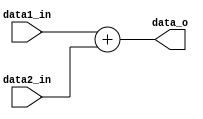
module Adder(
  input [SIZE - 1:0] data1_in,
  input [SIZE - 1:0] data2_in,
  output [SIZE - 1:0] data_o
);

parameter SIZE = 32;

assign data_o = data1_in + data2_in;

endmodule